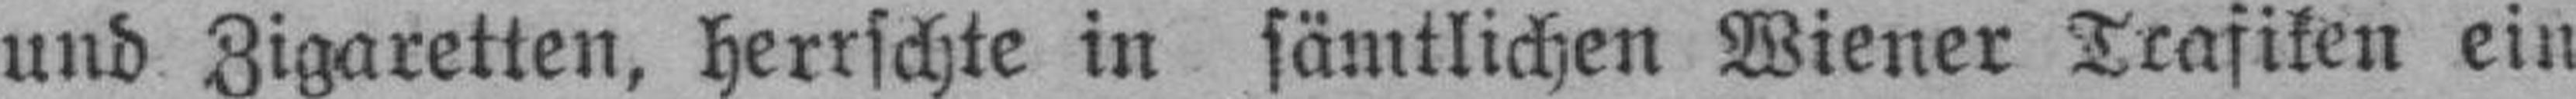
und Zigaretten, herrschte in sämtlichen Wiener Trafiken ein